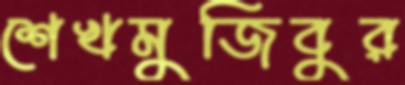
শেখমুজিবুর